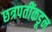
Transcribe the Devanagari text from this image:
छत्रपतींकडून